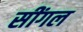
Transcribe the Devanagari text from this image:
सींगल